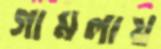
গামলায়